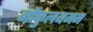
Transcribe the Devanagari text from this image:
जौफुलयमन